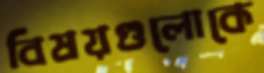
বিষয়গুলোকে